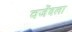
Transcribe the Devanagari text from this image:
वजेंदला